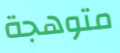
متوهجة